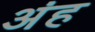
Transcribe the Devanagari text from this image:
अंह